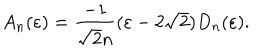
LaTeX: A _ { n } ( \varepsilon ) = \frac { - 1 } { \sqrt { 2 } n } ( \varepsilon - 2 \sqrt { 2 } ) D _ { n } ( \varepsilon ) .